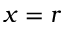
x = r